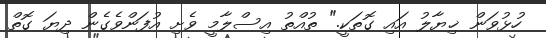
ހުޅުވަން ޚިޔާލު އައި ގޮތަކީ." ތުއްތު އިސްލާމީ ވެށި އުފަންވެގެން ދިޔަ ގޮތް